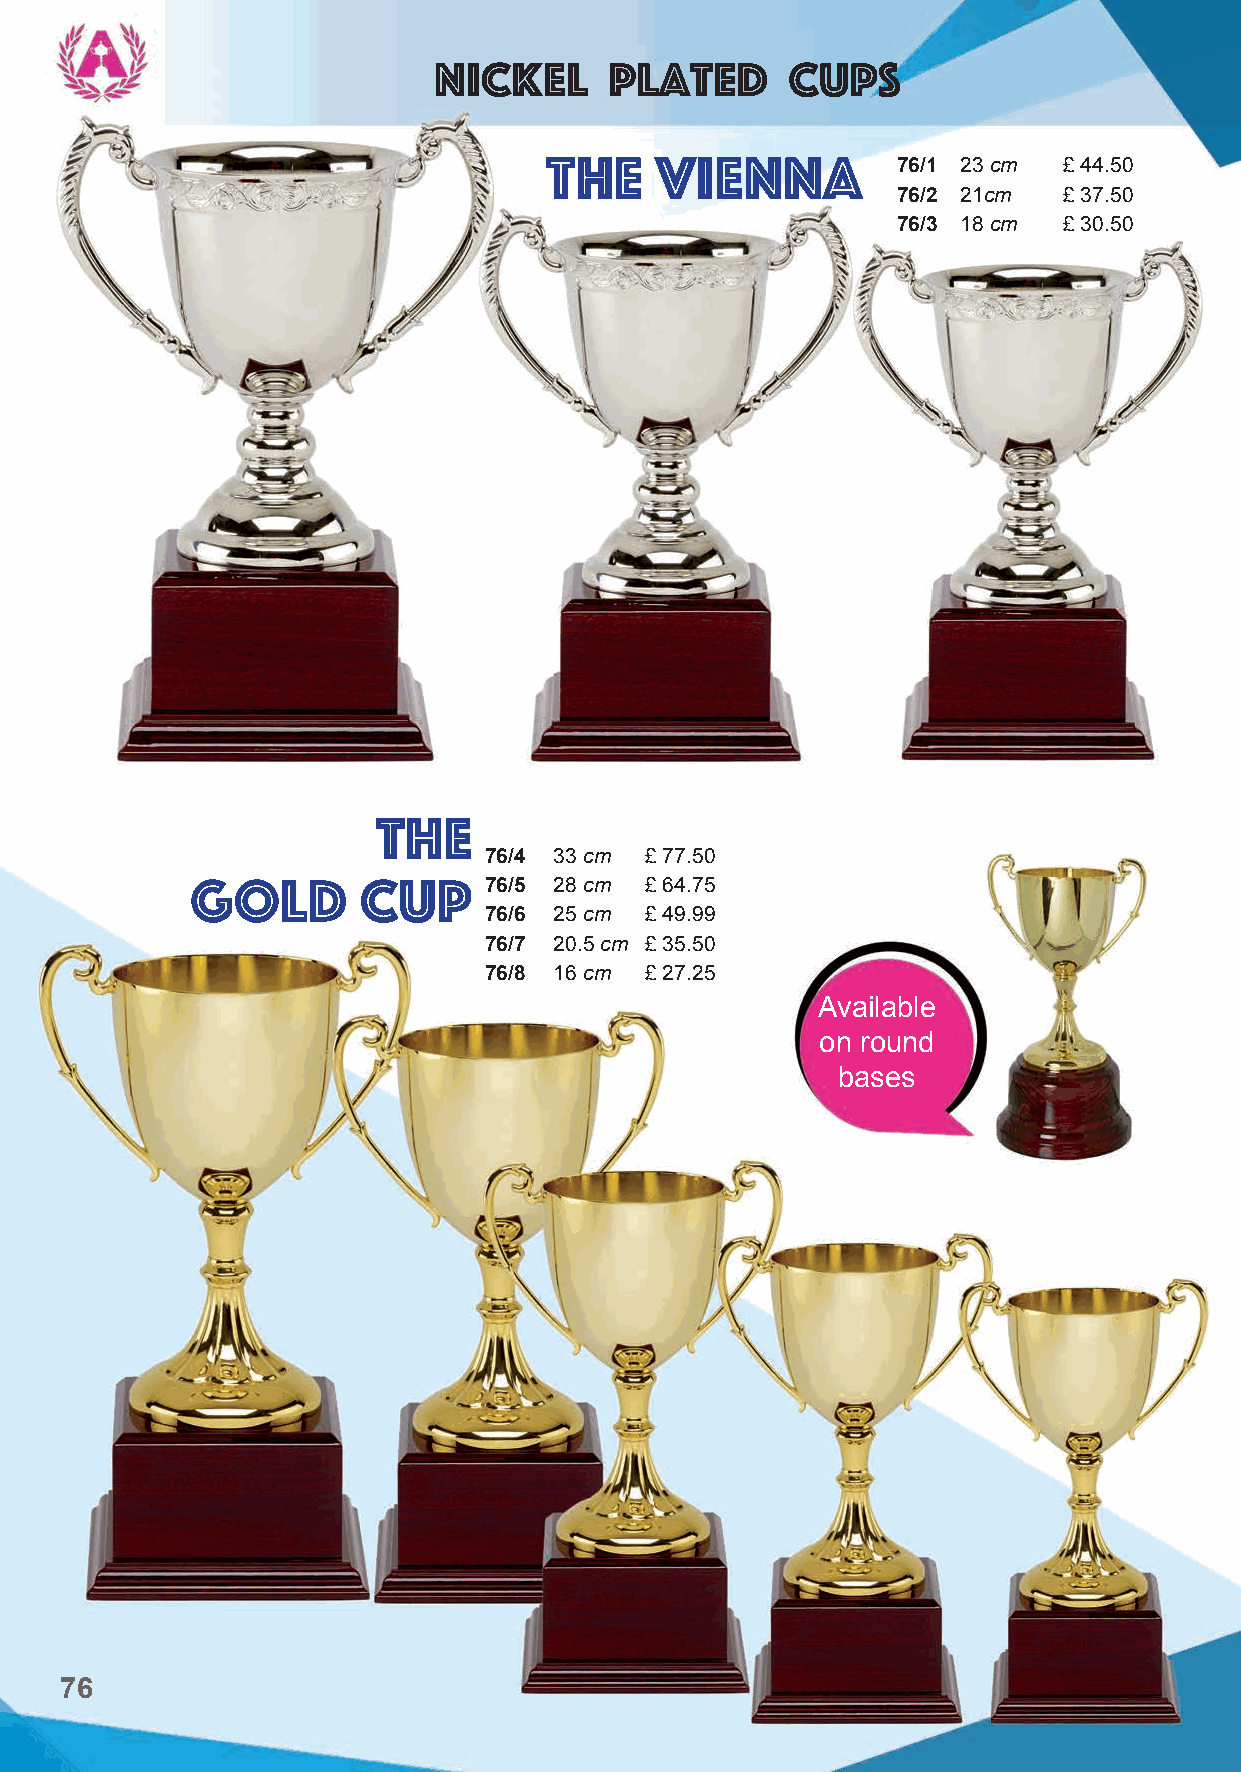
Nickel     Plated      Cups
 The    vienna          76/1 23 cm £ 44.50
 76/2 21cm  £ 37.50
 76/3 18 cm £ 30.50
 the
 76/4 33 cm £ 77.50
 gold       cup     76/5 28 cm £ 64.75
 76/6 25 cm £ 49.99
 76/7 20.5 cm £ 35.50
 76/8 16 cm £ 27.25
 Available
 on round
 bases
 76